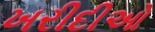
ખરીદીઓ